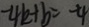
- 4 k + b = - 4